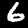
Label: 6